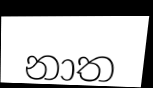
නාත